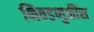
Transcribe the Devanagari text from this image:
निवडणुकींस